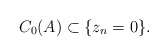
\begin{align*}C_0(A) \subset \{z_n =0 \}.\end{align*}